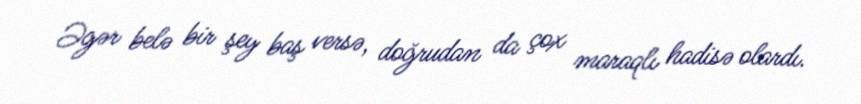
Əgər belə bir şey baş versə, doğrudan da çox maraqlı hadisə olardı.